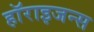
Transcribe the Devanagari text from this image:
हॉराइजन्स